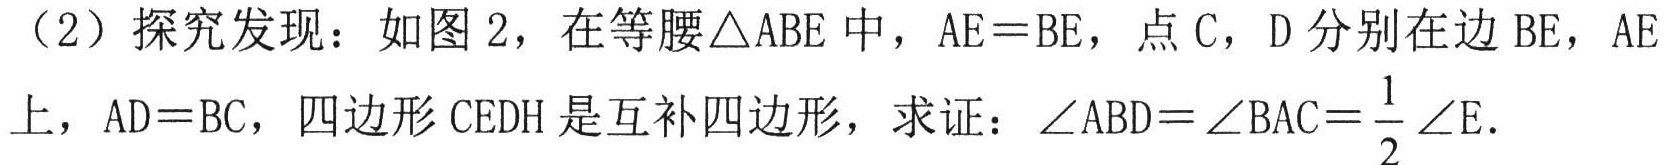
（2）探究发现：如图 2，在等腰$\triangle ABE$中，$AE = BE$，点$C$，$D$分别在边$BE$，$AE$上，$AD = BC$，四边形$CEDH$是互补四边形，求证：$\angle ABD=\angle BAC=\frac{1}{2}\angle E$.